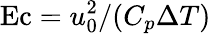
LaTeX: \mathrm{Ec}=u_{0}^{2}/(C_{p}\Delta T)